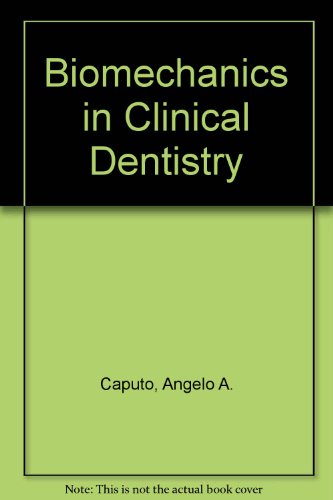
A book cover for Biomechanics in Clinical Dentistry; Angelo A. Caputo; Medical Books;